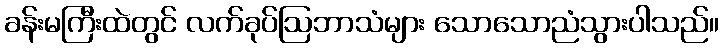
ခန်းမကြီးထဲတွင် လက်ခုပ်ဩဘာသံများ သောသောညံသွားပါသည်။